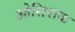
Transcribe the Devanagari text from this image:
ओसिराक